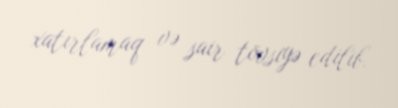
xatırlamaq və sair tövsiyə edilib.